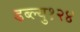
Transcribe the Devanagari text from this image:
डब्ल्यु१२४